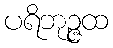
ပရိဘုဉ္ဇထ